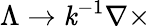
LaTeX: \Lambda\rightarrow\mathit{k}^{-1}\nabla\times